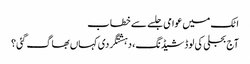
اٹک میں عوامی جلسے سے خطاب
آج بجلی کی لوڈشیڈنگ، دہشتگردی کہاں بھاگ گئی؟